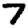
Digit: 7